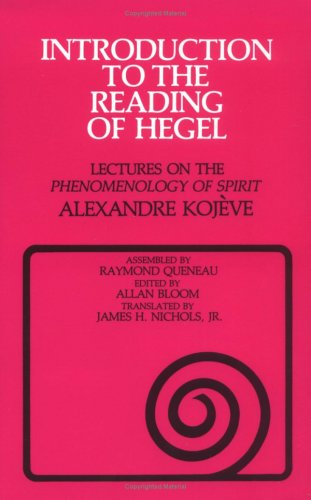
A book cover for Introduction to the Reading of Hegel: Lectures on the Phenomenology of Spirit; Alexandre KojÃ¨ve; Politics & Social Sciences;